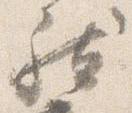
然